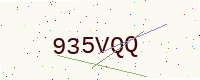
Text: 935VQQ